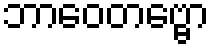
ဘာဝေတဗ္ဗော